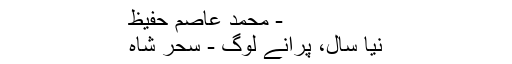
- محمد عاصم حفیظ
نیا سال، پرانے لوگ - سحر شاہ